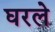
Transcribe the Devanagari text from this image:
घरले